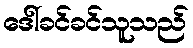
ဒေါ်ခင်ခင်သူသည်